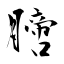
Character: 膪